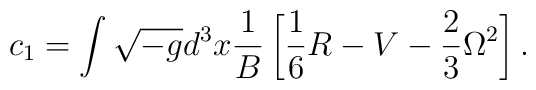
c_1=\int \sqrt{-g}d^3x {1 \over B}\left[\frac 16R-V-\frac 23 \Omega^2\right].